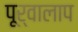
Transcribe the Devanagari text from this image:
पूर्वालाप